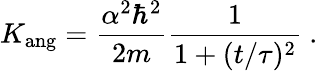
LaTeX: K_{\mathrm{ang}}={\frac{\alpha^{2}\hbar^{2}}{2m}}{\frac{1}{1+(t/\tau)^{2}}}~.